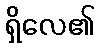
ရှိလေ၏